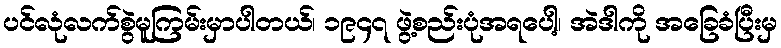
ပင်လုံလက်စွဲမူကြမ်းမှာပါတယ်၊ ၁၉၄၇ ဖွဲ့စည်းပုံအရပေါ့၊ အဲဒါကို အခြေခံပြီးမှ